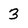
Character: 3